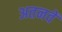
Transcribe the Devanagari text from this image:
अतनवें